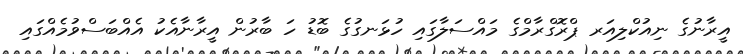
އީރާނުގެ ނިއުކްލިއަރ ޕްރޮގްރާމްގެ މައްސަލާގައި ހުޅަނގުގެ ބޮޑު ހަ ބާރުން އީރާނާއެކު އެއްބަސްވުމެއްގައި